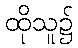
ထိုသူ၌